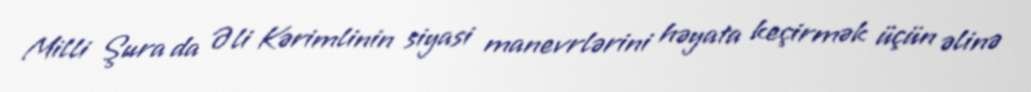
Milli Şura da Əli Kərimlinin siyasi manevrlərini həyata keçirmək üçün əlinə